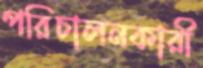
পরিচালনকারী